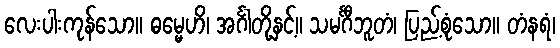
လေးပါးကုန်သော။ ဓမ္မေဟိ၊ အင်္ဂါတို့နှင့်။ သမင်္ဂီဘူတံ၊ ပြည့်စုံသော။ တံနရံ၊